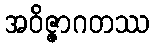
အဝိဇ္ဇာဂတဿ